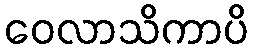
ဝေလာသိကာပိ